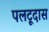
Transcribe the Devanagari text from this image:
पलटूदास